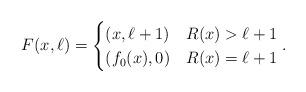
LaTeX: \begin{align*}F(x,\ell)=\begin{cases}(x,\ell+1) & R(x)>\ell+1 \\(f_0(x),0)& R(x)=\ell+1\end{cases}.\end{align*}